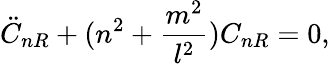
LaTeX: \ddot{C}_{nR}+(n^{2}+\frac{m^{2}}{l^{2}})C_{nR}=0,